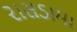
રાસડામા